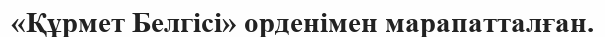
«Құрмет Белгісі» орденімен марапатталған.